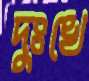
দুঃখে